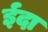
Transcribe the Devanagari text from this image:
ईदा